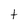
Character: t